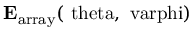
\mathrm { \mathbf { E } _ { a r r a y } ( \ t h e t a , \ v a r p h i ) }